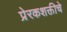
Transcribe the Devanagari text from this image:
प्रेरकशक्तीचे